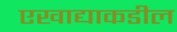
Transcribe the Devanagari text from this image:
एखाद्याकडील